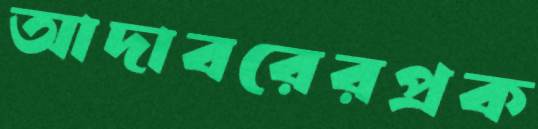
আদাবরেরপ্রক